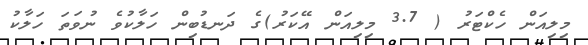
މިލިއަން ހެކްޓަރު ( 3.7 މިލިއަން އޭކަރު)ގެ ދަނޑުބިން ހަލާކުވެ ނުވަތަ ހަލާކު